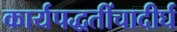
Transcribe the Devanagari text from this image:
कार्यपद्धतींचादीर्घ